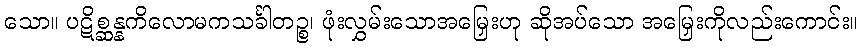
သော။ ပဋိစ္ဆန္နကိလောမကသင်္ခါတဉ္စ၊ ဖုံးလွှမ်းသောအမြှေးဟု ဆိုအပ်သော အမြှေးကိုလည်းကောင်း။